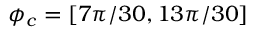
\phi _ { c } = [ 7 \pi / 3 0 , 1 3 \pi / 3 0 ]